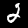
Digit: 2